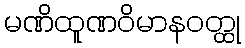
မဏိထူဏဝိမာနဝတ္ထု